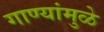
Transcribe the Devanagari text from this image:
गाण्यांमुळे